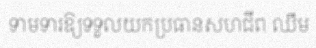
ទាមទារឱ្យទទួលយកប្រធានសហជីព ឈឹម